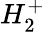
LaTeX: H_{2}^{+}